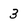
Character: 3